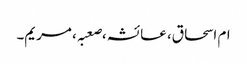
ام اسحاق، عائشہ،صعبہ، مریم۔